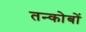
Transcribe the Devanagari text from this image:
तन्कोबों